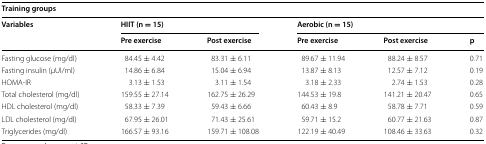
<table><thead><tr><td colspan="6"><b>Training groups</b></td></tr><tr><td rowspan="2"><b>Variables</b></td><td colspan="2"><b>HIIT (n = 15)</b></td><td colspan="3"><b>Aerobic (n = 15)</b></td></tr><tr><td><b>Pre exercise</b></td><td><b>Post exercise</b></td><td><b>Pre exercise</b></td><td><b>Post exercise</b></td><td><b>p</b></td></tr></thead><tbody><tr><td>Fasting glucose (mg/dl)</td><td>84.45 ± 4.42</td><td>83.31 ± 6.11</td><td>89.67 ± 11.94</td><td>88.24 ± 8.57</td><td>0.71</td></tr><tr><td>Fasting insulin (μUI/ml)</td><td>14.86 ± 6.84</td><td>15.04 ± 6.94</td><td>13.87 ± 8.13</td><td>12.57 ± 7.12</td><td>0.19</td></tr><tr><td>HOMA-IR</td><td>3.13 ± 1.53</td><td>3.11 ± 1.54</td><td>3.18 ± 2.33</td><td>2.74 ± 1.53</td><td>0.28</td></tr><tr><td>Total cholesterol (mg/dl)</td><td>159.55 ± 27.14</td><td>162.75 ± 26.29</td><td>144.53 ± 19.8</td><td>141.21 ± 20.47</td><td>0.65</td></tr><tr><td>HDL cholesterol (mg/dl)</td><td>58.33 ± 7.39</td><td>59.43 ± 6.66</td><td>60.43 ± 8.9</td><td>58.78 ± 7.71</td><td>0.59</td></tr><tr><td>LDL cholesterol (mg/dl)</td><td>67.95 ± 26.01</td><td>71.43 ± 25.61</td><td>59.71 ± 15.2</td><td>60.77 ± 21.63</td><td>0.87</td></tr><tr><td>Triglycerides (mg/dl)</td><td>166.57 ± 93.16</td><td>159.71 ± 108.08</td><td>122.19 ± 40.49</td><td>108.46 ± 33.63</td><td>0.32</td></tr></tbody></table>